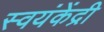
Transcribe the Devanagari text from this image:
स्वयंकेंद्री